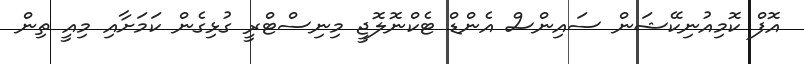
އޮފް ކޮމިއުނިކޭޝަން ސައިންސް އެންޑް ޓެކްނޮލޮޖީ މިނިސްޓްރީ ގުޅިގެން ކަމަށާއި މިއީ ތިން